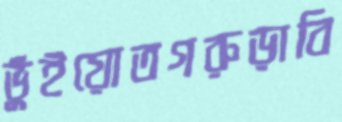
ভুঁইয়োতগরুড়াবি